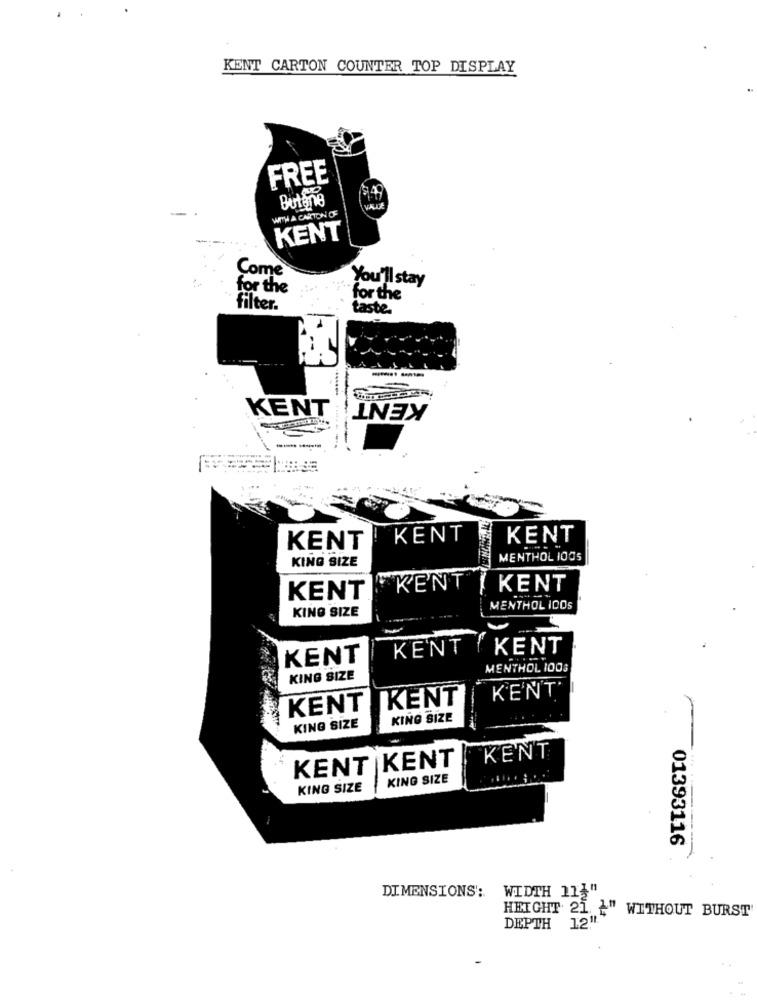
KENT CARTON COUNTER TOP DISPLAY
FREE
Butane
WITH A CARTON OF
KENT
Come
You'll stay
for the
for the
filter.
taste.
---
KENT
KENT
----
KENT
KENT
KENT
KING SIZE
MENTHOL 1005
KENT ( KENT
KENT
KING SIZE
MENTHOL IDOS
KENT / KENT
KENT
MENTHOL 1003
KING SIZE
KENT
KENT
KENT
KING SIZE
KING SIZE
KENT
KENT
KENT
KING SIZE
KING SIZE
01393116
WIDTH 111"
DIMENSIONS':
HEIGHT 21
WITHOUT BURST
DEPTH